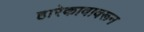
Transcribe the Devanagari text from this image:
हारेकावावरून